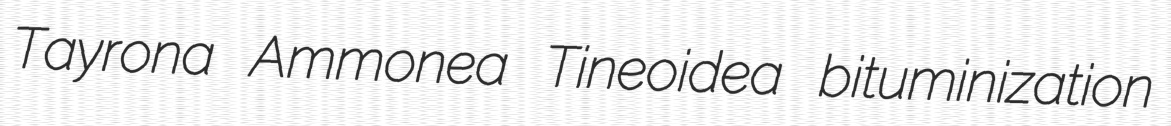
Tayrona Ammonea Tineoidea bituminization